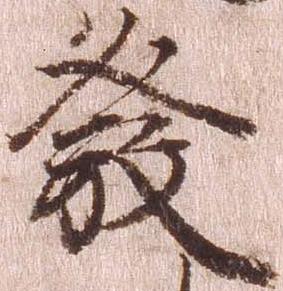
発